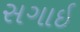
સગાઈ